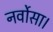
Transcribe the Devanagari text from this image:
नर्वोसा।